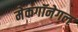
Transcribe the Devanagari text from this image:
मेकगॉनेगल